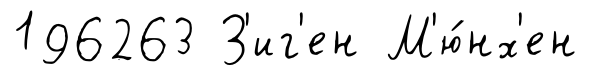
196263 З'иг'ен М'ю́нх'ен